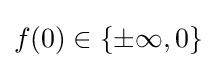
f(0)\in \{\pm \infty ,0\}